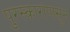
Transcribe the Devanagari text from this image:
पुरस्कारांपासून